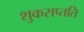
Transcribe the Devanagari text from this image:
शुकसप्तति